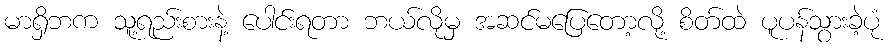
မာရှိဘက သူ့ရည်းစားနဲ့ ပေါင်းရတာ ဘယ်လိုမှ အဆင်မပြေတော့လို့ စိတ်ထဲ ပူပန်သွားခဲ့ပုံ